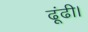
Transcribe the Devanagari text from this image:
ढूंढी।